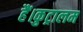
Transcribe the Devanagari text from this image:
हैं।कुट्रालम